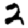
Digit: 2